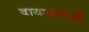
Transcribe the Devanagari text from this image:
वायरलरोधी